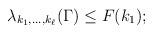
LaTeX: \begin{align*}\lambda_{k_1, \dots, k_\ell}(\Gamma)\le F(k_1);\end{align*}